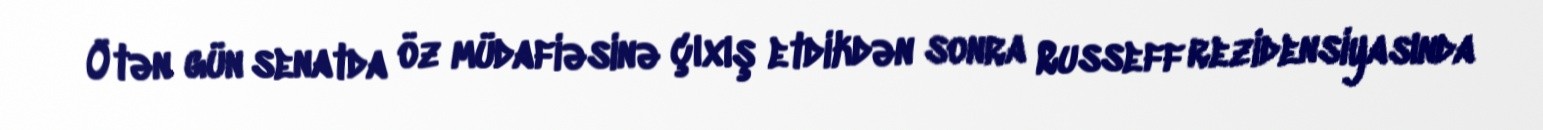
Ötən gün senatda öz müdafiəsinə çıxış etdikdən sonra Russeff rezidensiyasında